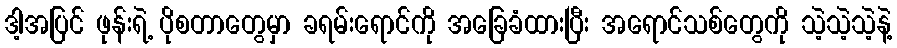
ဒါ့အပြင် ဖုန်းရဲ့ ပိုစတာတွေမှာ ခရမ်းရောင်ကို အခြေခံထားပြီး အရောင်သစ်တွေကို သဲ့သဲ့သဲ့နဲ့